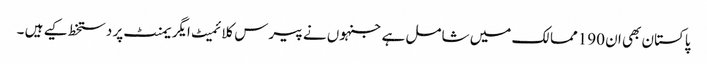
پاکستان بھی ان 190ممالک میں شامل ہے جنہوں نے پیرس کلائمیٹ ایگریمنٹ پر دستخط کیے ہیں ۔